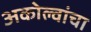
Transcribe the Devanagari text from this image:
अकोल्वांचा